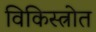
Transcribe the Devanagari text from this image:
विकिस्त्रोत